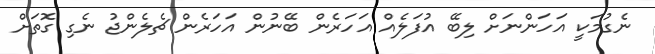
ނެގުމަކީ އަހަންނަށް ލިބޭ އުފަލެއް އަހަރެން ބޭނުން އަހަރެން ޗެލެންޖު ނެގި ގޮތަށް